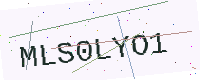
Text: MLS0LYO1